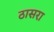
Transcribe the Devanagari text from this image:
ठासरा